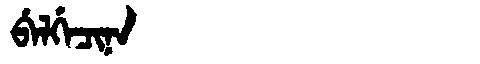
Manchu: ᠪᡝᠯᡤᡝᠴᡳᠨᠠ
Romanization: BELGECINA